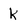
Character: k